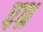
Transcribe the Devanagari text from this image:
पश्र